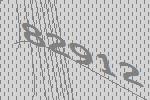
82912